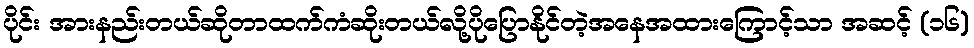
ပိုင်း အားနည်းတယ်ဆိုတာထက်ကံဆိုးတယ်လို့ပိုပြောနိုင်တဲ့အနေအထားကြောင့်သာ အဆင့် (၁၆)